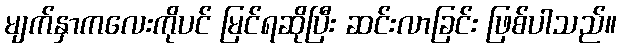
မျက်နှာကလေးကိုပင် မြင်ရဆိုပြီး ဆင်းလာခြင်း ဖြစ်ပါသည်။